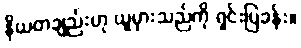
နိယတချည်းဟု ယူမှားသည်ကို ရှင်းပြခန်း။